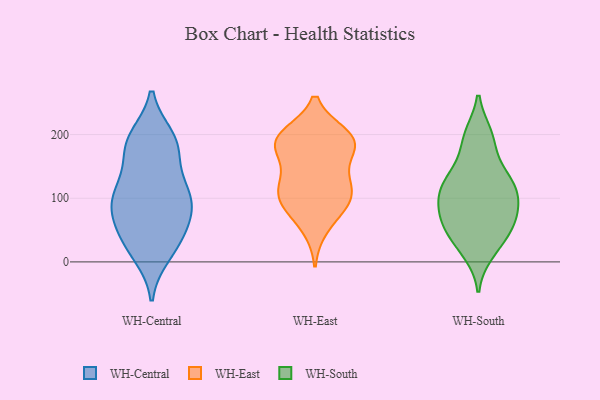
{"axis": {"x": "Website Visitors", "y": "Value"}, "legend": ["WH-Central", "WH-East", "WH-South"], "data": [{"x": "", "y": 126, "type": "WH-Central"}, {"x": "", "y": 46, "type": "WH-Central"}, {"x": "", "y": 53, "type": "WH-Central"}, {"x": "", "y": 12, "type": "WH-Central"}, {"x": "", "y": 87, "type": "WH-Central"}, {"x": "", "y": 192, "type": "WH-Central"}, {"x": "", "y": 185, "type": "WH-Central"}, {"x": "", "y": 108, "type": "WH-Central"}, {"x": "", "y": 121, "type": "WH-Central"}, {"x": "", "y": 195, "type": "WH-Central"}, {"x": "", "y": 172, "type": "WH-Central"}, {"x": "", "y": 74, "type": "WH-Central"}, {"x": "", "y": 184, "type": "WH-Central"}, {"x": "", "y": 104, "type": "WH-Central"}, {"x": "", "y": 25, "type": "WH-Central"}, {"x": "", "y": 90, "type": "WH-Central"}, {"x": "", "y": 84, "type": "WH-Central"}, {"x": "", "y": 24, "type": "WH-Central"}, {"x": "", "y": 168, "type": "WH-East"}, {"x": "", "y": 195, "type": "WH-East"}, {"x": "", "y": 112, "type": "WH-East"}, {"x": "", "y": 88, "type": "WH-East"}, {"x": "", "y": 121, "type": "WH-East"}, {"x": "", "y": 53, "type": "WH-East"}, {"x": "", "y": 192, "type": "WH-East"}, {"x": "", "y": 89, "type": "WH-East"}, {"x": "", "y": 116, "type": "WH-East"}, {"x": "", "y": 134, "type": "WH-East"}, {"x": "", "y": 194, "type": "WH-East"}, {"x": "", "y": 93, "type": "WH-East"}, {"x": "", "y": 186, "type": "WH-East"}, {"x": "", "y": 182, "type": "WH-East"}, {"x": "", "y": 199, "type": "WH-East"}, {"x": "", "y": 58, "type": "WH-South"}, {"x": "", "y": 123, "type": "WH-South"}, {"x": "", "y": 116, "type": "WH-South"}, {"x": "", "y": 196, "type": "WH-South"}, {"x": "", "y": 124, "type": "WH-South"}, {"x": "", "y": 30, "type": "WH-South"}, {"x": "", "y": 82, "type": "WH-South"}, {"x": "", "y": 57, "type": "WH-South"}, {"x": "", "y": 91, "type": "WH-South"}, {"x": "", "y": 124, "type": "WH-South"}, {"x": "", "y": 53, "type": "WH-South"}, {"x": "", "y": 88, "type": "WH-South"}, {"x": "", "y": 159, "type": "WH-South"}, {"x": "", "y": 14, "type": "WH-South"}, {"x": "", "y": 200, "type": "WH-South"}]}